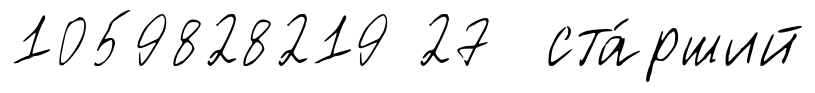
1059828219 27 ста́рший